Medical and sanitary report of the native army of Bengal for the year
Year: 1878
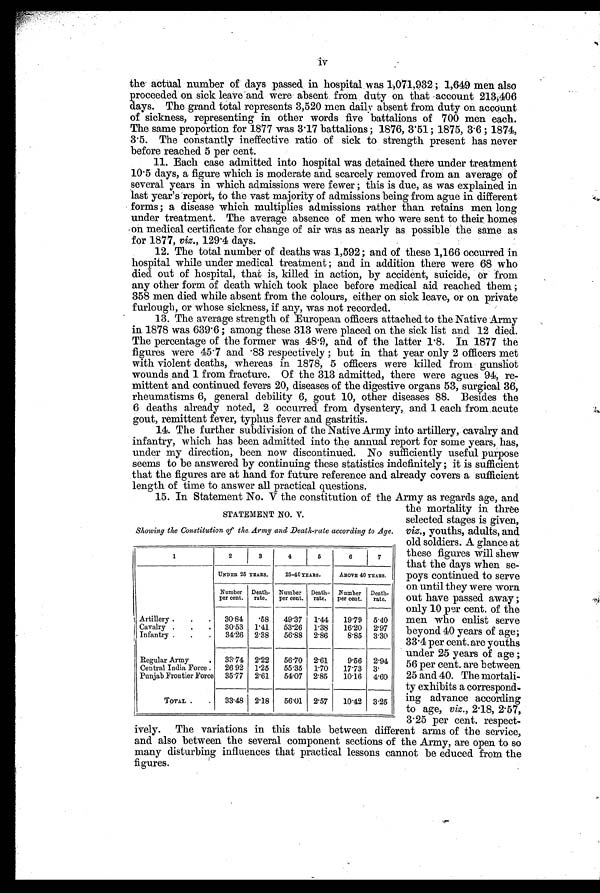
iv
the actual number of days passed. in hospital was 1,071,932 ; 1,649 men also
proceeded on sick leave-and were absent from duty on that account 213,406
days. The grand total represents 3,520 men daily absent from duty on account
of sickness, representing in other words five battalions of 700 men each.
The same proportion for 1877 was 3.17 battalions ; 1876, 3.51 ; 1875, 3.6 ; 1874,
3.5. The constantly ineffective ratio of sick to strength present has never
before reached 5 per cent.
11. Each case admitted into hospital was detained there under treatment
10.5 days, a figure which is moderate and scarcely removed from an average of
several years in which admissions were fewer ; this is due, as was explained in
last year's report, to the vast majority of admissions being from ague in different
forms; a disease which multiplies admissions rather than retains men long
under treatment. The average absence of men who were sent to their homes
on medical certificate for change of air was as nearly as possible the same as
for 1877, viz., 129.4 days.
12. The total number of deaths was 1,592; and of these 1,166 occurred in
hospital while under medical treatment ; and in addition there were 68 who
died out of hospital, that is, killed in action, by accident, suicide, or from
any other form of death which took place before medical aid reached them ;
358 men died while absent from the colours, either on sick leave, or on private
furlough, or whose sickness, if any, was not recorded.
13. The average strength of European officers attached to the Native Army
in 1878 was 639.6 ; among these 313 were placed on the sick list and 12 died.
The percentage of the former was 48.9, and of the latter 1.8. In 1877 the
figures were 45.7 and .83 respectively ; but in that year only 2 officers met
with violent deaths, whereas in 1878, 5 officers were killed from gunshot
wounds and 1 from fracture. Of the 313 admitted, there were agues 94, re-
mittent and continued fevers 20, diseases of the digestive organs 53, surgical 36,
rheumatisms 6, general debility 6, gout 10, other diseases 88. Besides the
6 deaths already noted, 2 occurred from dysentery, and 1 each. from.acute
gout, remittent fever, typhus fever and gastritis.
14. The further subdivision of the Native Army into artillery, cavalry and
infantry, which has been admitted into the annual report for some years, has,
under my direction, been now discontinued. No sufficiently useful purpose
seems to be answered by continuing these statistics indefinitely ; it is sufficient
that the figures are at hand for future reference and already covers a sufficient
length of time to answer all practical questions.
STATEMENT NO. V
Showing the Constitution of the. Army and Death-rate according to Age.
1
2
3
4
5
6
7
UNDER 25 YEARS. 25-40 YEARS.
ABOVE 40 YEARS.
Number
per cent. Death- rate. Number per cent. Death- rate. Number
per cent. Death- rate.
Artillery . . . 30.84 .58 49.37 1.44 19.79 5.40
Cavalry . . .
30.53 1.41 53.26 1.38 16.20 2.97
Infantry . . . 34.26 2.38 56.88 2.86
8.85 3.30
Regular Army
. 33.74 2.22 56.70 2.61 9.56 2.94
Central India Force . 26 92 1.25 55.35 1.70 17.73 3.
Punjab Frontier Force 35.77 2.61 54.07 2.85 10.16 4.60
TOTAL . . 33.48 2.18 56.01 2.57 10.42 3.25
15. In Statement No. V the constitution of the Army as regards age, and
the mortality in three
selected stages is given,
viz., youths, adults, and
old soldiers. A glance at
these figures will shew
that the days when se-
poys continued to serve
on until they were worn
out have passed away ;
only 10 per cent. of the
men who enlist serve
beyond 40 years of age;
33.4 per cent. are youths
under 25 years of age ;
56 per cent. are between
25 and 40. The mortali-
ty exhibits a correspond-
ing advance according
to age, viz. , 2.18, 2.57,
3.25 per cent. respect-
ively. The variations in this table between different arms of the service,
and also between the several component sections of the Army, are open to so
many disturbing influences that practical lessons cannot be educed from the
figures.